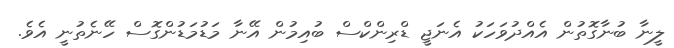
ލީނާ ބުނާގޮތުން އެއްދުވަހަކު އެނަޖީ ޑްރިންކްސް ބުއިމުން އޭނާ މަޑުމަޑުންގޮސް ހޭނެތުނީ އެވެ.